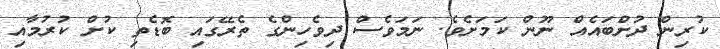
ކުރިން ދުށްބައެއް ނޫން ކަމަށެވެ. ނަމަވެސް ދިވެހިންގެ ތެރޭގައި ބޮޑެތި ކުށް ކުރުމާއި